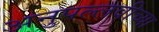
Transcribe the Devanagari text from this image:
अनुपल्लवीच्या